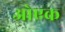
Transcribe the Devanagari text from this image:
ओएक